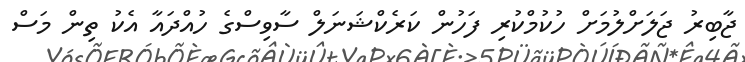
ޖާބިރު ޖަލަށްލުމަށް ހުކުމްކުރި ފަހުން ކަރެކްޝަނަލް ސާވިސްގެ ހުއްދައާ އެކު ތިން މަސް